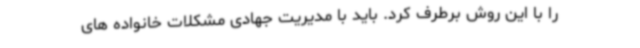
را با این روش برطرف کرد. باید با مدیریت جهادی مشکلات خانواده های